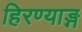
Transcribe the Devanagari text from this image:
हिरण्याङ्ग